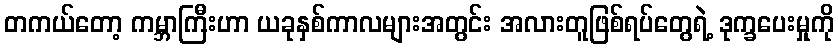
တကယ်တော့ ကမ္ဘာကြီးဟာ ယခုနှစ်ကာလများအတွင်း အလားတူဖြစ်ရပ်တွေရဲ့ ဒုက္ခပေးမှုကို